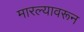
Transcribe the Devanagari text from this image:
मारल्यावरून